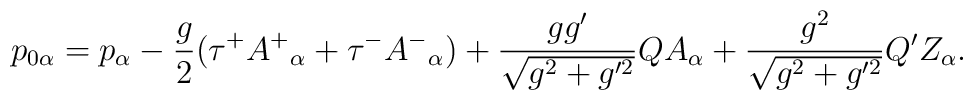
p_{0\alpha} = p_{\alpha} - \frac{g}{2} (\tau^{+}A^{+}{}_{\alpha} + \tau^{-}A^{-}{ }_{\alpha}) + \frac{gg'}{\sqrt{g^2 +g'^2}} Q A_{\alpha} + \frac{g^2}{\sqrt{g^2 + g'^2}} Q' Z_{\alpha}.